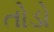
તોડો